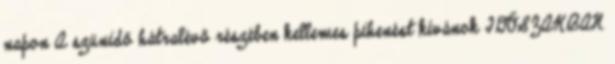
napon A szünidő hátralévő részében kellemes pihenést kívánok IDŐSZAKBAN